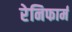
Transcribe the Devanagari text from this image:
रेनिफार्म